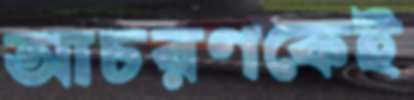
আচরণকেই